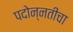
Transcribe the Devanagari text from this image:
पदोन्नतीचा